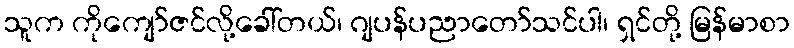
သူက ကိုကျော်ဇင်လို့ခေါ်တယ်၊ ဂျပန်ပညာတော်သင်ပါ၊ ရှင်တို့ မြန်မာစာ